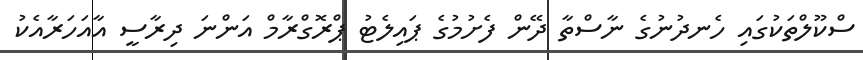
ސްކޫލްތަކުގައި ހެނދުނުގެ ނާސްތާ ދޭން ފެށުމުގެ ޕައިލެޓު ޕްރޮގްރާމް އަންނަ ދިރާސީ އާއަހަރާއެކު